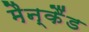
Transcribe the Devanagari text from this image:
मैन्कैंड